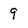
Character: 9